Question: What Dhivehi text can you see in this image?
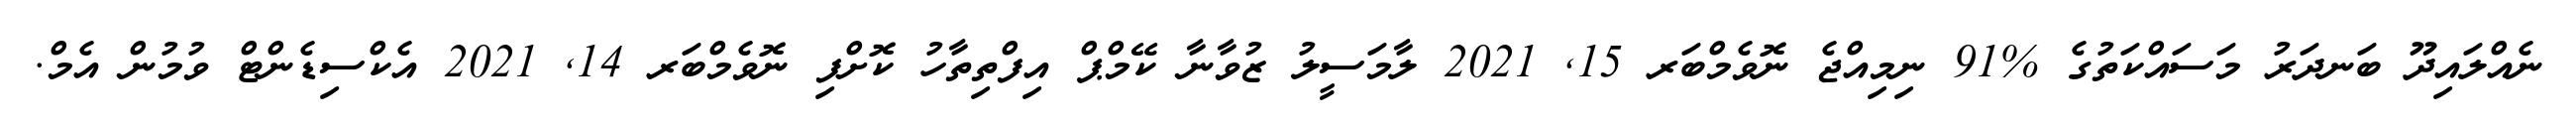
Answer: ނެއްލައިދޫ ބަނދަރު މަސައްކަތުގެ %91 ނިމިއްޖެ ނޮވެމްބަރ 15, 2021 ލާމަސީލު ޒުވާނާ ކޭމްޕް އިފްތިތާހު ކޮށްފި ނޮވެމްބަރ 14, 2021 އެކްސިޑެންޓް ވުމުން އެމް.